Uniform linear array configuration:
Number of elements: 24
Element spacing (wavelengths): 0.5
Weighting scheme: hamming
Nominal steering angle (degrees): -15
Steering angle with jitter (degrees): -14.391
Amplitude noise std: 0.05
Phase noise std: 0.05

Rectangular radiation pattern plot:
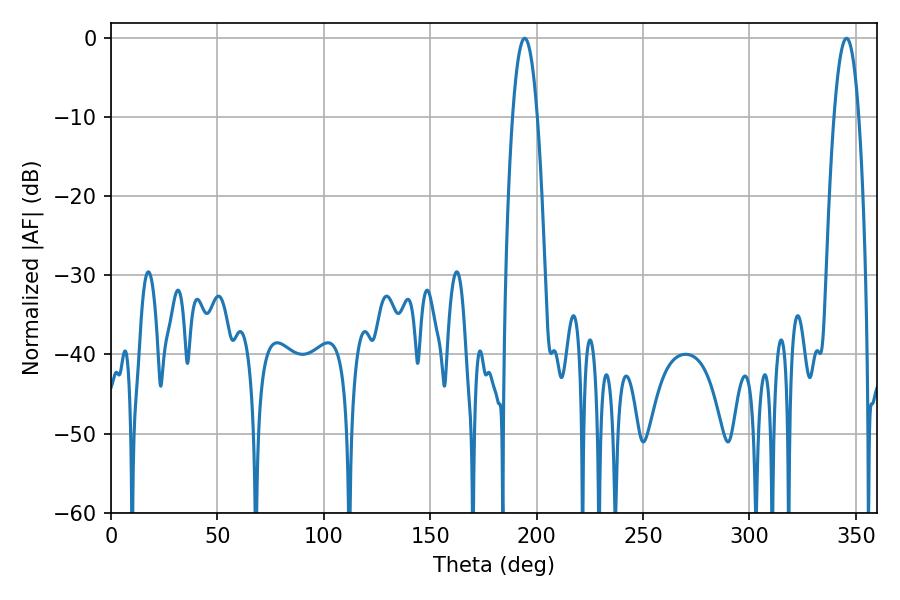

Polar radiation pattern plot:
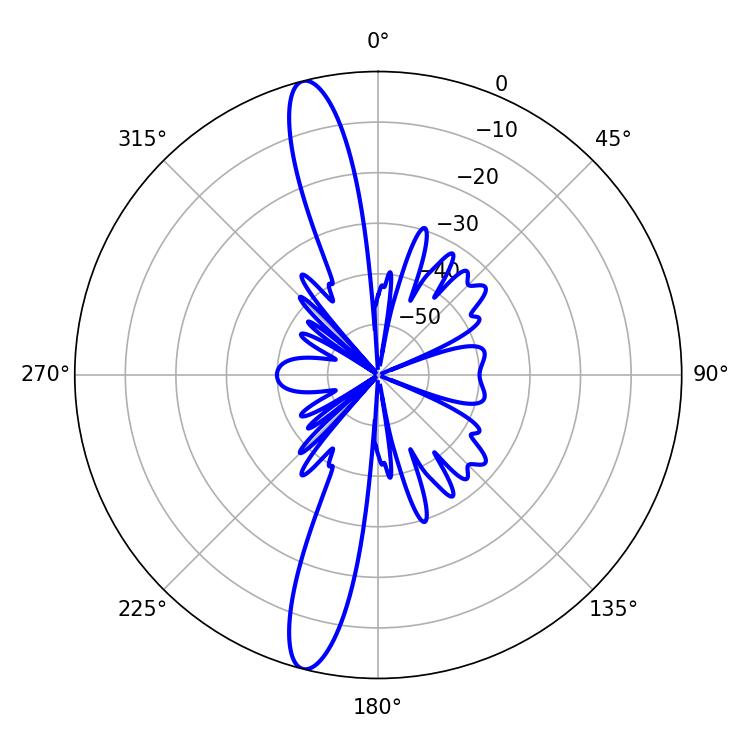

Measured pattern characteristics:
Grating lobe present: FALSE
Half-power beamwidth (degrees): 6.48
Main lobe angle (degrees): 194.4